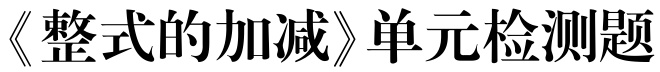
《整式的加减》单元检测题